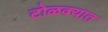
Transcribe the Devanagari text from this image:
टोळक्यात